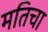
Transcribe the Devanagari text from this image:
मतिचा